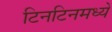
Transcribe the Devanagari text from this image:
टिनटिनमध्ये